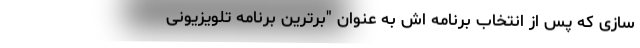
سازى كه پس از انتخاب برنامه اش به عنوان "برترین برنامه تلویزیونی